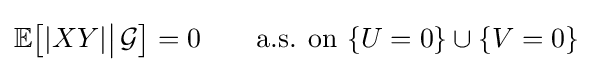
\mathbb {E} {\bigl [}|XY|{\big |}\,{\mathcal {G}}{\bigr ]}=0\qquad {\text{a.s. on }}\{U=0\}\cup \{V=0\}